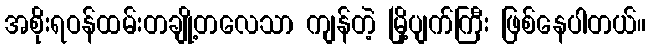
အစိုးရဝန်ထမ်းတချို့တလေသာ ကျန်တဲ့ မြို့ပျက်ကြီး ဖြစ်နေပါတယ်။